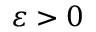
\varepsilon > 0